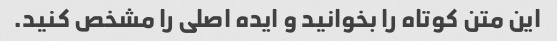
این متن کوتاه را بخوانید و ایده اصلی را مشخص کنید.